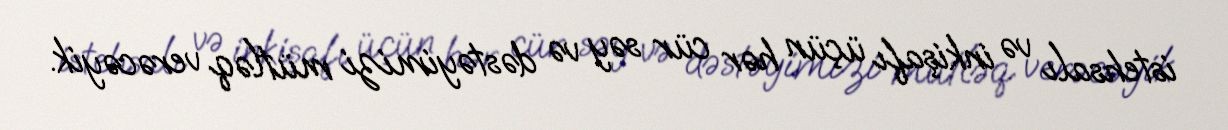
istehsalı və inkişafı üçün hər cür səy və dəstəyimizi mütləq verəcəyik.